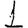
Digit: 1